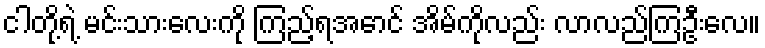
ငါတို့ရဲ့ မင်းသားလေးကို ကြည့်ရအောင် အိမ်ကိုလည်း လာလည်ကြဦးလေ။